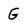
Character: G